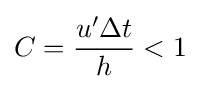
C={\frac {u'\Delta t}{h}}<1